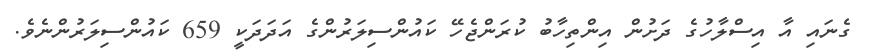
ގެނައި އާ އިސްލާހުގެ ދަށުން އިންތިހާބު ކުރަންޖެހޭ ކައުންސިލަރުންގެ އަދަދަކީ 659 ކައުންސިލަރުންނެވެ.